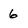
Character: 6